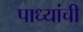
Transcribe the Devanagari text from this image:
पाध्यांची